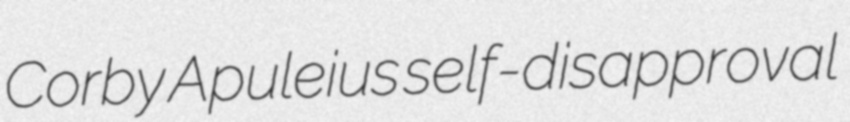
Corby Apuleius self-disapproval